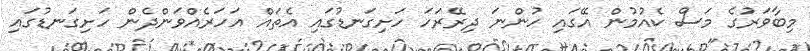
މިބާވަރުގެ މަސް ކެއުމުން އޭގައި ހުންނަ ދިރޭރަހަ ހަށިގަނޑުގައި އެތައް އަހަރެއްވަންދެން ހަށިގަނޑުގައި